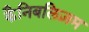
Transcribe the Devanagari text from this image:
कैनिबलिज़म